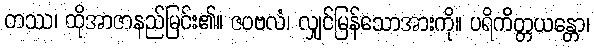
တဿ၊ ထိုအာဇာနည်မြင်း၏။ ဇဝဗလံ၊ လျှင်မြန်သောအားကို။ ပရိကိတ္တယန္တော၊